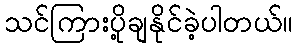
သင်ကြားပို့ချနိုင်ခဲ့ပါတယ်။